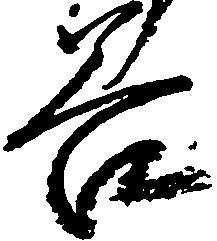
谷